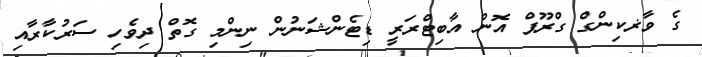
ގެ ވާޜކިންގް ގްރޫޕް އޮން އާބިޓްރަރީ ޑިޓެންޝަނުން ނިންމި ގޮތް ދިވެހި ސަރުކާރާއި